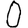
Digit: 0